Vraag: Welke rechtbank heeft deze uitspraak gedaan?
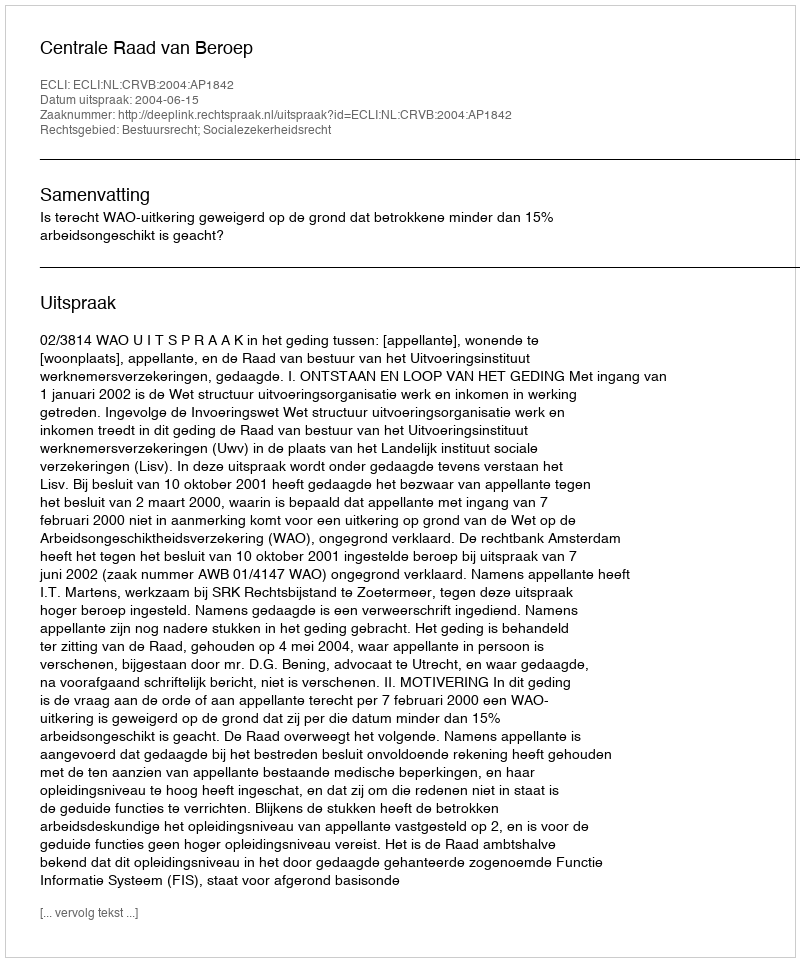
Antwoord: Centrale Raad van Beroep